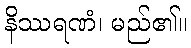
နိဿရဏံ၊ မည်၏။